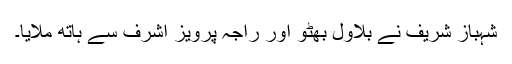
شہباز شریف نے بلاول بھٹو اور راجہ پرویز اشرف سے ہاتھ ملایا۔